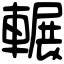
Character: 輾